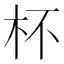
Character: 杯